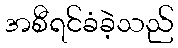
အစီရင်ခံခဲ့သည်